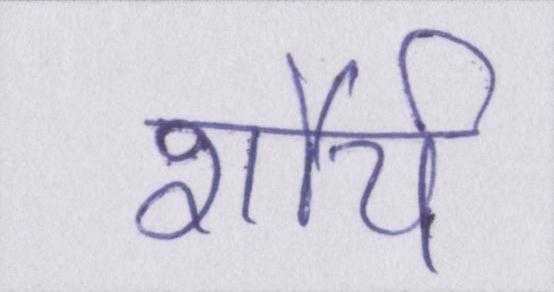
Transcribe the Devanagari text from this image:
शौर्य